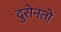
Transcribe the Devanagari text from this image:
दुरोनतो